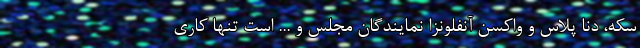
سکه، دنا پلاس و واکسن آنفلونزا نمایندگان مجلس و ... است تنها کاری